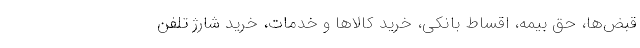
قبض‌ها، حق بیمه، اقساط بانکی، خرید کالاها و خدمات، خرید شارژ تلفن